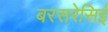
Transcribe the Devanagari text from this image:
बरसरेसिई